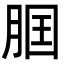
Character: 𦛢